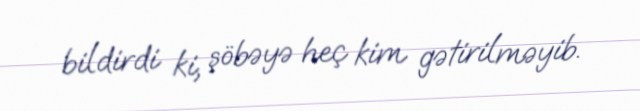
bildirdi ki, şöbəyə heç kim gətirilməyib.